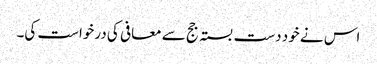
اس نے خود دست بستہ جج سے معافی کی درخواست کی۔